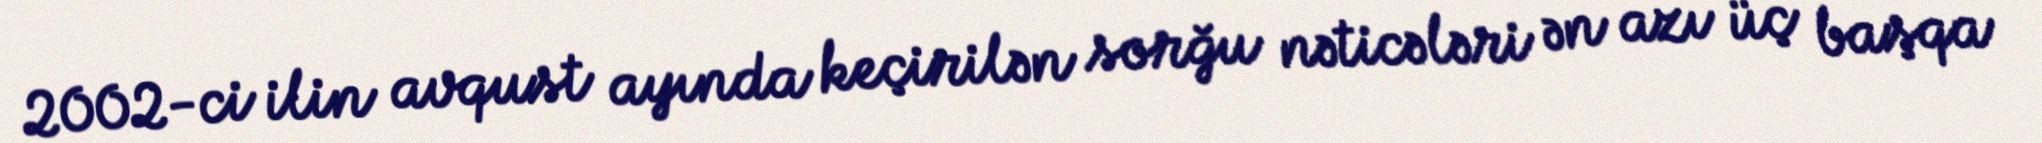
2002-ci ilin avqust ayında keçirilən sorğu nəticələri ən azı üç başqa